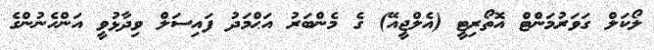
ލޯކަލް ގަވަރުމަންޓް އޮތޯރިޓީ (އެލްޖީއޭ) ގެ މެންބަރު އަޙްމަދު ފައިސަލް ވިދާޅުވީ އަންހެނުންގެ